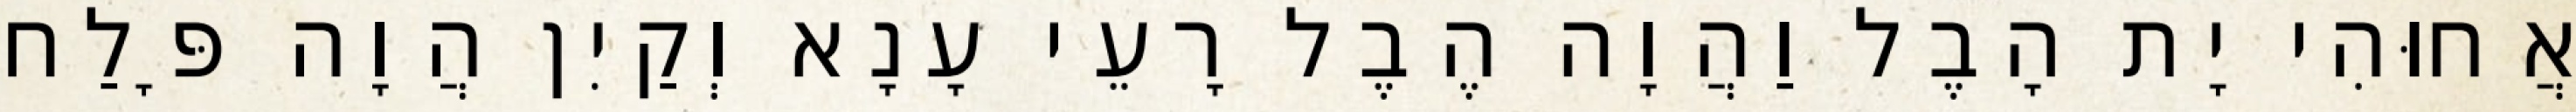
אֲחוּהִי יָת הָבֶל וַהֲוָה הֶבֶל רָעֵי עָנָא וְקַיִן הֲוָה פָּלַח